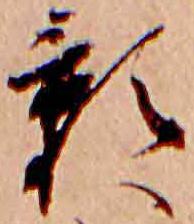
影